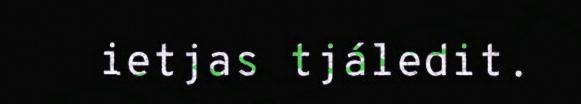
ietjas tjáledit.